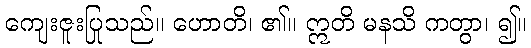
ကျေးဇူးပြုသည်။ ဟောတိ၊ ၏။ ဣတိ မနသိ ကတွာ၊ ၍။